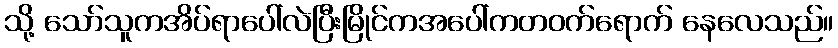
သို့ သော်သူကအိပ်ရာပေါ်လဲပြီးမြိုင်ကအပေါ်ကတဝက်ရောက် နေလေသည်။